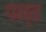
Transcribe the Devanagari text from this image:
पन्‍त